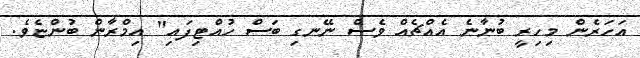
އަހަރެން މިހިރީ ބުނާނެ އެއްޗެއް ވެސް ނޭނގި ބަސް ހުއްޓިފައި" އިމްރާން ބުންޏެވެ.